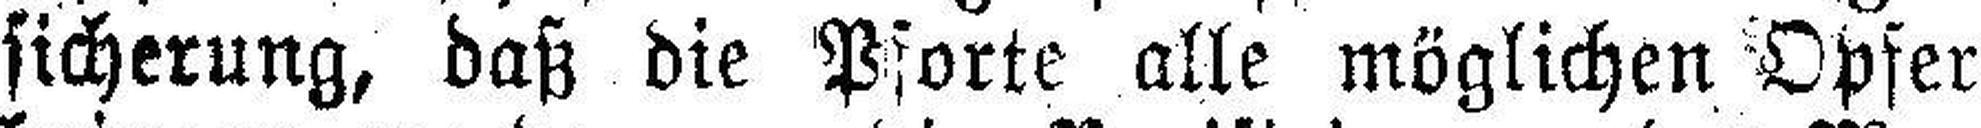
sicherung, daß die Pforte alle möglichen Opfer